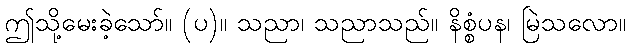
ဤသို့မေးခဲ့သော်။ (ပ)။ သညာ၊ သညာသည်။ နိစ္စံပန၊ မြဲသလော။